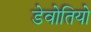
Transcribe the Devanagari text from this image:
डेवोतियो